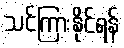
သင်ကြားနိုင်ရန်